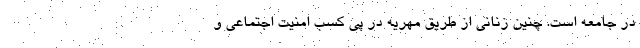
در جامعه است. چنین زنانی از طریق مهریه در پی کسب امنیت اجتماعی و